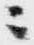
ニ